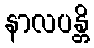
နာလပန္တိ